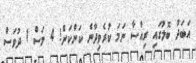
އަބަދު ބޮލުގައި ރިއްސާ ނަމަ ކުރެވިދާނެ ކަންކަން! 4 މަސް 1 ދުވަސް